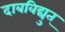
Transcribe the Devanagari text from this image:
दाबविद्युत्‌